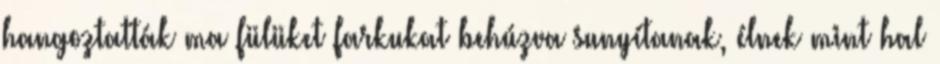
hangoztatták ma fülüket farkukat behúzva sunyítanak, élnek mint hal